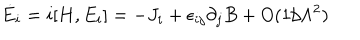
LaTeX: \dot { E } _ { i } = i [ H , E _ { i } ] = - J _ { i } + \epsilon _ { i j } \partial _ { j } B + O ( 1 / \Lambda ^ { 2 } )